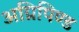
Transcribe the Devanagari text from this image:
अग्निपिण्ड